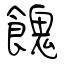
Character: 餽